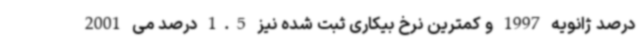
درصد ژانویه 1997 و کمترین نرخ بیکاری ثبت شده نیز 1.5 درصد می 2001